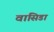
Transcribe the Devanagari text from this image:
वासिडा